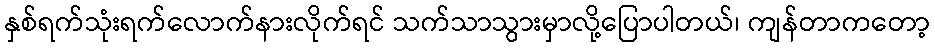
နှစ်ရက်သုံးရက်လောက်နားလိုက်ရင် သက်သာသွားမှာလို့ပြောပါတယ်၊ ကျန်တာကတော့